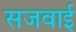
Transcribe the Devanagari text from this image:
सजवाई